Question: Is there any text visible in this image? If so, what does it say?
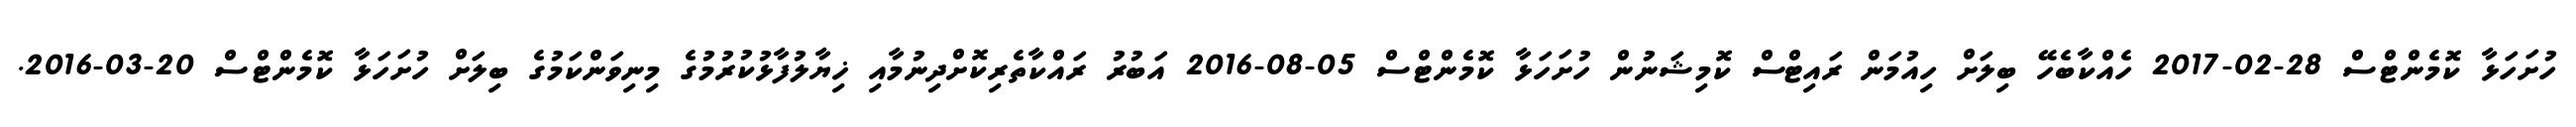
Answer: ހުށަހަޅާ ކޮމެންޓްސް 28-02-2017 ހެއްކާބެހޭ ބިލަށް ހިއުމަން ރައިޓްސް ކޮމިޝަނުން ހުށަހަޅާ ކޮމެންޓްސް 05-08-2016 އަބުރު ރައްކާތެރިކޮށްދިނުމާއި ޚިޔާލުފާޅުކުރުމުގެ މިނިވަންކަމުގެ ބިލަށް ހުށަހަޅާ ކޮމެންޓްސް 20-03-2016.